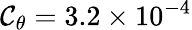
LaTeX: \mathcal{C}_{\theta}=3.2\times10^{-4}